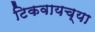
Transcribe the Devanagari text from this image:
टिकवायच्या